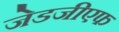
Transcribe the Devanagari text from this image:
जेडजीएफ